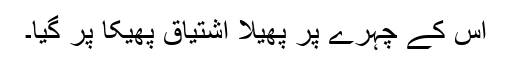
اس کے چہرے پر پھیلا اشتیاق پھیکا پر گیا۔